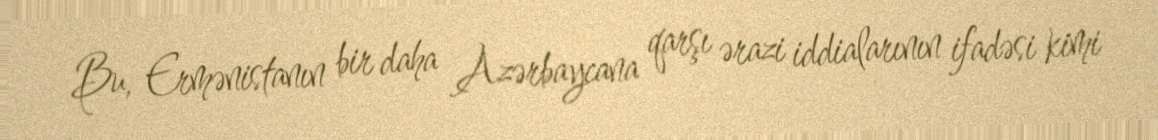
Bu, Ermənistanın bir daha Azərbaycana qarşı ərazi iddialarının ifadəsi kimi